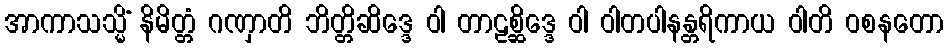
အာကာသသ္မိံ နိမိတ္တံ ဂဏှာတိ ဘိတ္တိဆိဒ္ဒေ ဝါ တာဠစ္ဆိဒ္ဒေ ဝါ ဝါတပါနန္တရိကာယ ဝါတိ ဝစနတော